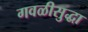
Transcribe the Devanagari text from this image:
गवळीसुद्धा